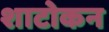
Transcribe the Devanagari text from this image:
शाटोकन